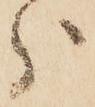
分